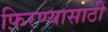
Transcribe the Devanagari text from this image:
फ़िरण्यासाठी